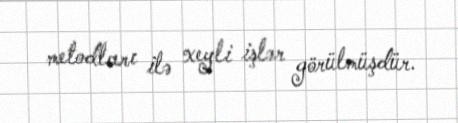
metodları ilə xeyli işlər görülmüşdür.